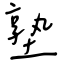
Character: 塾